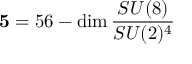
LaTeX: { \bf 5 } = 5 6 - \mathrm { d i m } \, \frac { S U ( 8 ) } { S U ( 2 ) ^ { 4 } }